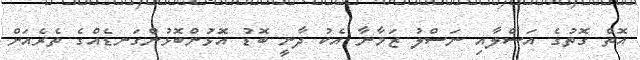
އޮތް ގޮތުގެ އަސްލާއި ނަސްލު ޒަމާނާ އެކު ދާނީ ބޮޑު އޮޅުންބޮޅުންގަނޑެއްގެ ތެރެއަށް